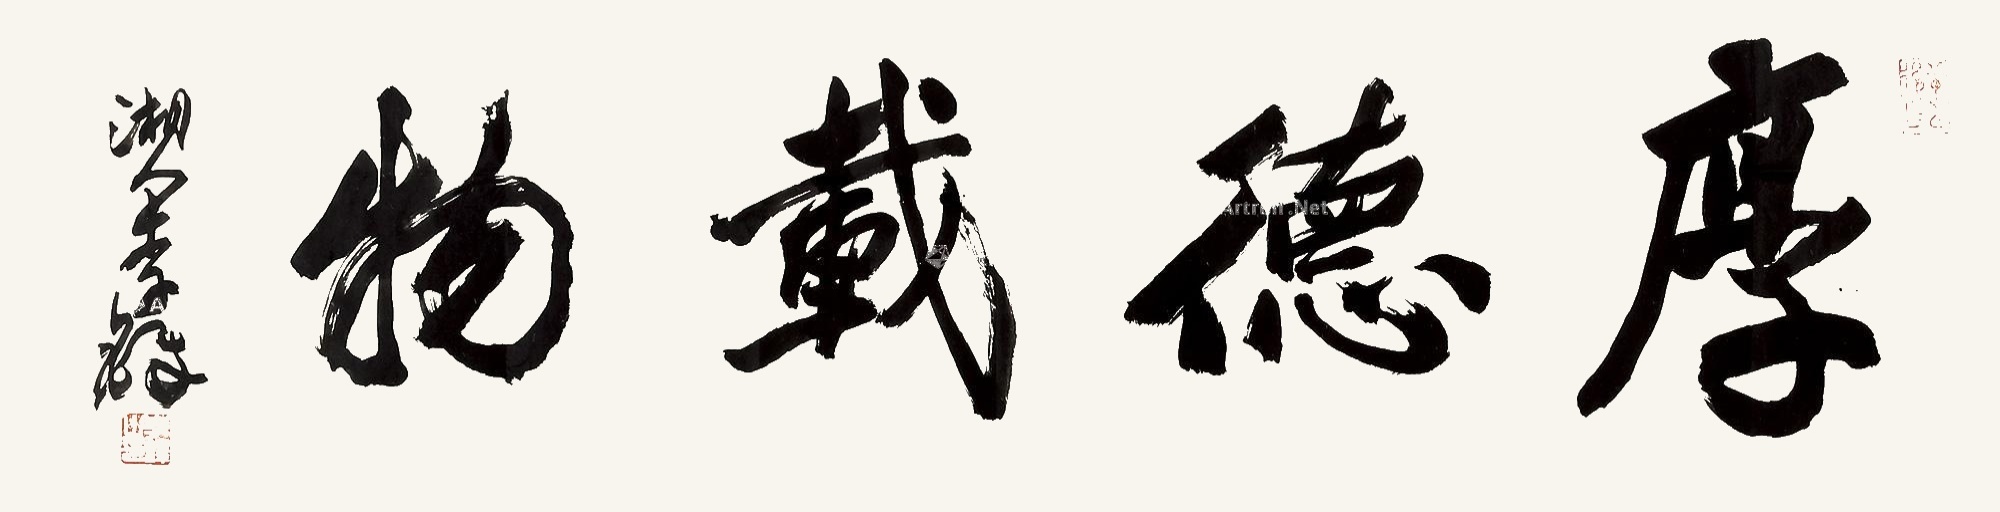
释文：厚德载物湘人李铎。